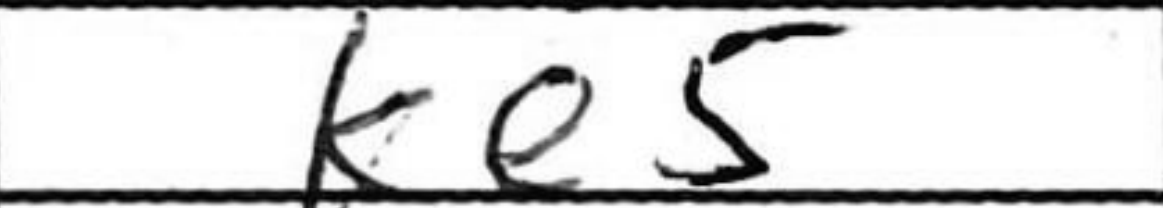
Transcription: Ke5